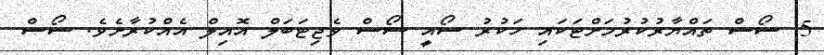
5. ސޯސް ތައްޔާރުކުރުމަށްޓަކައި ހަކުރު ސޯއީ ސޯސް ވެޖިޓަބަލް އޮއިލް އެއްކުރާށެވެ. ސޯސް